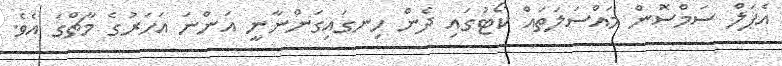
އެޕަލް ސަމްސޮން މައްސަލަތައް ކޯޓުގައި ދެން ހިނގައިގަންނާނީ އަންނަ އަހަރުގެ މާޗްގަ އެވެ.